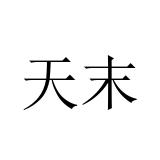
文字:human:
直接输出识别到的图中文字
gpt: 天末